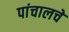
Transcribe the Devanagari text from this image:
पांचालचे